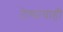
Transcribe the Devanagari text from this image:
देण्याचाही